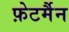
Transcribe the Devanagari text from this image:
फ़ेटर्मैन